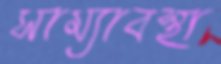
সাম্যাবস্থা